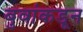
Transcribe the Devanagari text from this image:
बुवांकडून